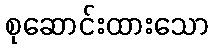
စုဆောင်းထားသော